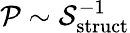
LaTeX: \mathcal{P}\sim\mathcal{S}_{\mathrm{struct}}^{-1}